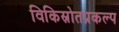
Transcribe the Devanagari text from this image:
विकिस्रोतप्रकल्प